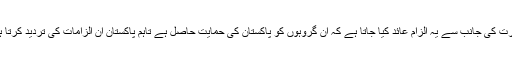
بھارت کی جانب سے یہ الزام عائد کیا جاتا ہے کہ ان گروہوں کو پاکستان کی حمایت حاصل ہے تاہم پاکستان ان الزامات کی تردید کرتا ہے۔